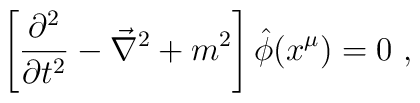
\left[\frac{\partial^2}{\partial t^2}-\vec{\nabla}^2+m^2\right]\hat{\phi}(x^\mu)=0\ ,